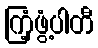
ကြံ့ဖွံ့ပါတီ